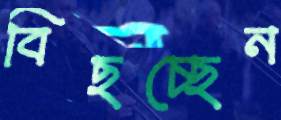
বিছচ্ছেন